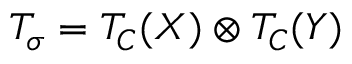
{ \cal T } _ { \sigma } = { \cal T } _ { C } ( X ) \otimes { \cal T } _ { C } ( Y )